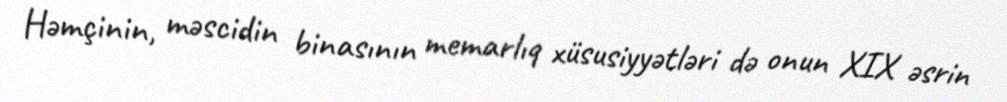
Həmçinin, məscidin binasının memarlıq xüsusiyyətləri də onun XIX əsrin